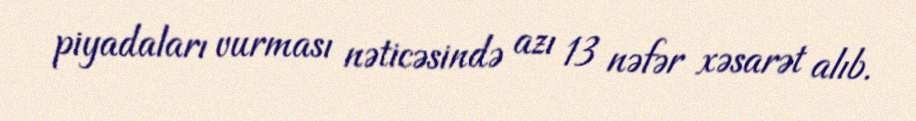
piyadaları vurması nəticəsində azı 13 nəfər xəsarət alıb.